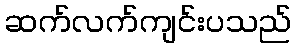
ဆက်လက်ကျင်းပသည်